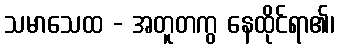
သမာသေထ - အတူတကွ နေထိုင်ရာ၏၊